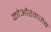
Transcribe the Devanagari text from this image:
कोऔरंगजेब